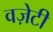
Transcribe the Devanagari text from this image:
वज़ेटी